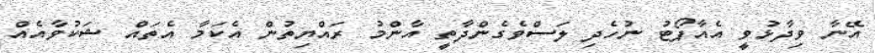
އޭނާ ވިދާޅުވީ އެއާޕޯޓު ނުހެދި ލަސްވެގެންދާތީ އާންމު ރައްޔިތުން އެކަމާ އެތައް ޝަކުވާއެއް